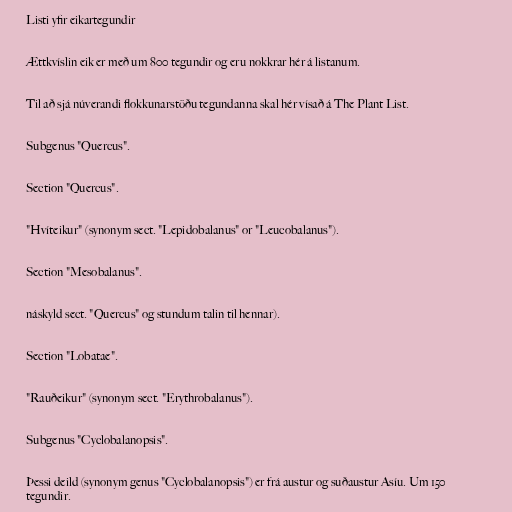
Listi yfir eikartegundir

Ættkvíslin eik er með um 800 tegundir og eru nokkrar hér á listanum.

Til að sjá núverandi flokkunarstöðu tegundanna skal hér vísað á The Plant List.

Subgenus "Quercus".

Section "Quercus".

"Hvíteikur" (synonym sect. "Lepidobalanus" or "Leucobalanus").

Section "Mesobalanus".

náskyld sect. "Quercus" og stundum talin til hennar).

Section "Lobatae".

"Rauðeikur" (synonym sect. "Erythrobalanus").

Subgenus "Cyclobalanopsis".

Þessi deild (synonym genus "Cyclobalanopsis") er frá austur og suðaustur Asíu. Um 150
tegundir.